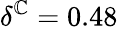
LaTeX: \delta^{\mathbb{C}}=0.48